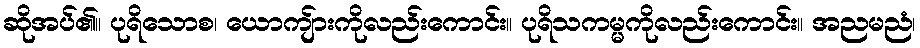
ဆိုအပ်၏။ ပုရိသောစ၊ ယောကျ်ားကိုလည်းကောင်း။ ပုရိသကမ္မကိုလည်းကောင်း။ အညမညံ၊